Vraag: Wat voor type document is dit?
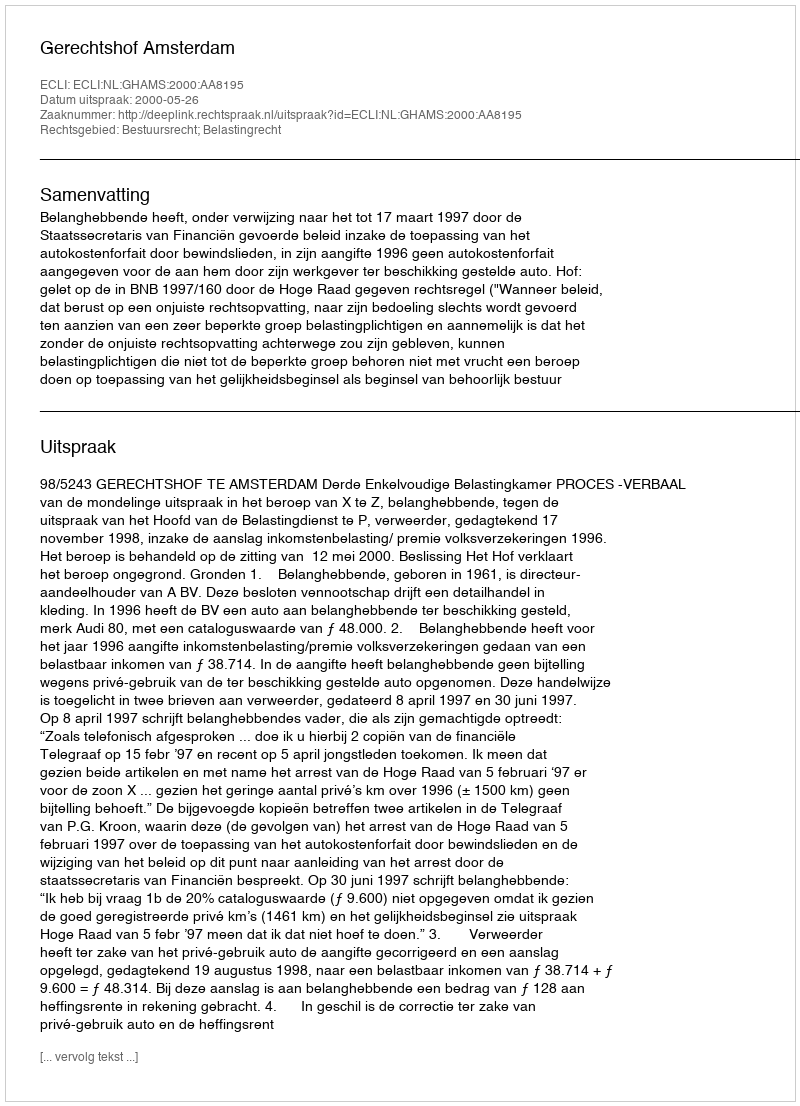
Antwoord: Uitspraak